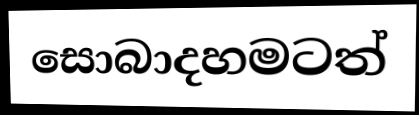
සොබාදහමටත්